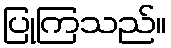
ပြုကြသည်။